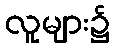
လူများ၌